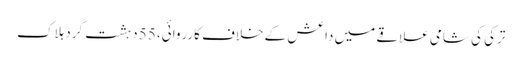
ترکی کی شامی علاقے میں داعش کے خلاف کارروائی، 55 دہشت گرد ہلاک